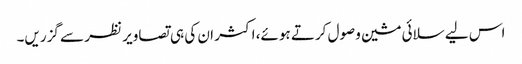
اس لیے سلائی مشین وصول کرتے ہوئے، اکثر ان کی ہی تصاویر نظر سے گزریں۔